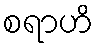
စရာဟိ